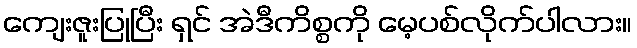
ကျေးဇူးပြုပြီး ရှင် အဲဒီကိစ္စကို မေ့ပစ်လိုက်ပါလား။